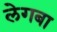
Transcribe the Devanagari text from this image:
लेगबा